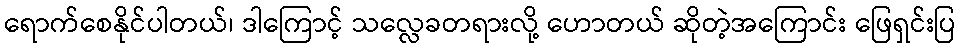
ရောက်စေနိုင်ပါတယ်၊ ဒါကြောင့် သလ္လေခတရားလို့ ဟောတယ် ဆိုတဲ့အကြောင်း ဖြေရှင်းပြ